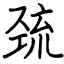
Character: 巯